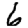
Digit: 6